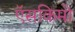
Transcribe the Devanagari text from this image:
ऍसकिमो